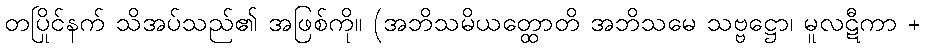
တပြိုင်နက် သိအပ်သည်၏ အဖြစ်ကို။ (အဘိသမိယတ္ထောတိ အဘိသမေ သဗ္ဗဋ္ဌော၊ မူလဋီကာ +